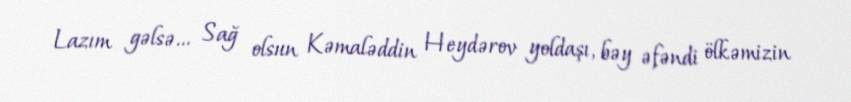
Lazım gəlsə... Sağ olsun Kəmaləddin Heydərov yoldaşı, bəy əfəndi ölkəmizin